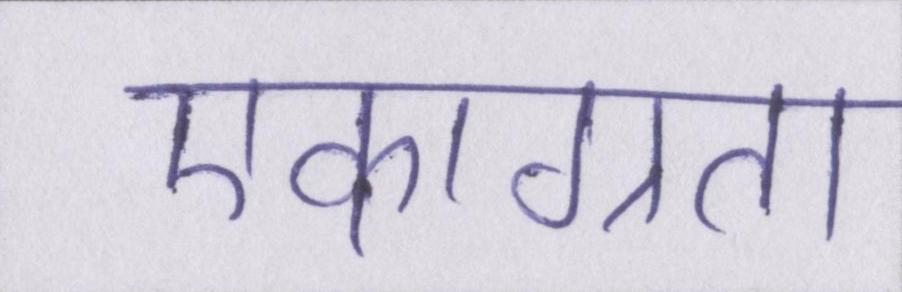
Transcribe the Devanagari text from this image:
एकाग्रता